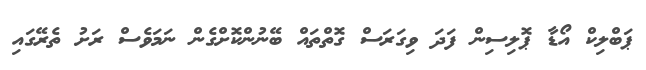
ޕަބްލިކް އޯޑާ ޕޮލިސިން ފަދަ ވިގަރަސް ގޮތްތައް ބޭނުންކޮށްގެން ނަމަވެސް ރަށު ތެރޭގައި